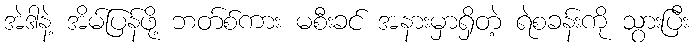
အဲဒါနဲ့ အိမ်ပြန်ဖို့ ဘတ်စ်ကား မစီးခင် အနားမှာရှိတဲ့ ရဲစခန်းကို သွားပြီး